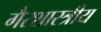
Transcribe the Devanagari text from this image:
गैरशास्त्रीय